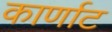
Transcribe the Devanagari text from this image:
कार्णाट